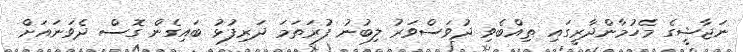
ނަޖާޝީގެ މެހުމާންދާރީގައި ތިއްބެވި ދުވަސްވަރު ލިބުނު ފުރަތަމަ ދަރިފުޅު ބައިގެން ގޮސް ދެވަނައަށް